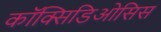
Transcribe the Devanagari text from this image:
कॉक्सिडिओसिस